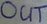
Text: OUT